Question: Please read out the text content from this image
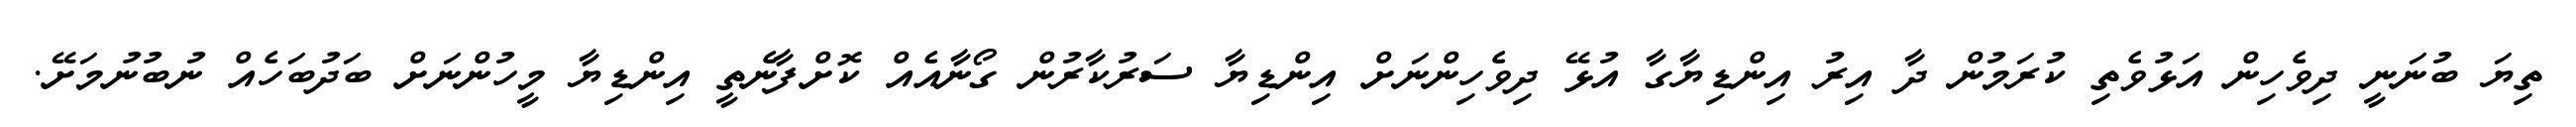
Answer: ތިޔަ ބުނަނީ ދިވެހިން އަޅުވެތި ކުރަމުން ދާ އިރު އިންޑިޔާގާ އުޅޭ ދިވެހިންނަށް އިންޑިޔާ ސަރުކާރުން ގޯނާއެއް ކޮށްފާނެތީ އިންޑިޔާ މީހުންނަށް ބަދުބަހެއް ނުބުނުމަށޭ.